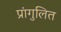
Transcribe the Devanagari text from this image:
प्रांगुलित